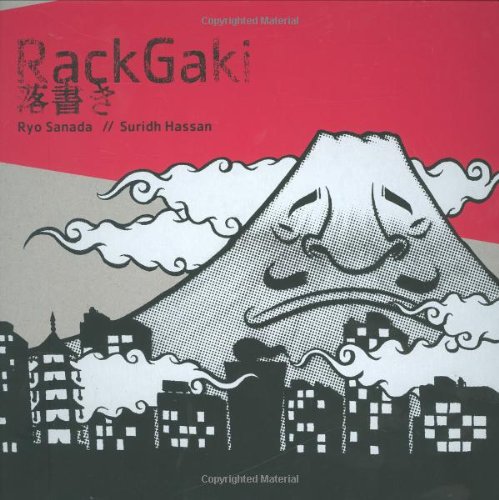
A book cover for Rackgaki (includes DVD): Japanese Graffiti; Ryo Sanada; Arts & Photography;